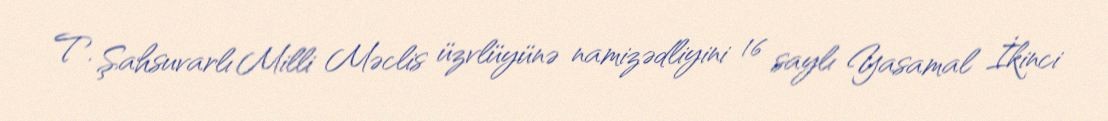
T. Şahsuvarlı Milli Məclis üzvlüyünə namizədliyini 16 saylı Yasamal İkinci